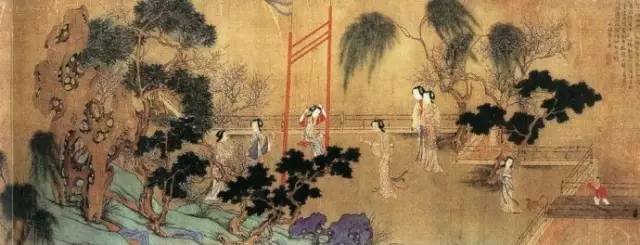
欲往从之雪雰雰，侧身北望涕沾巾。